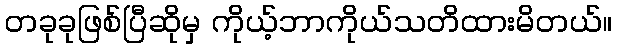
တခုခုဖြစ်ပြီဆိုမှ ကိုယ့်ဘာကိုယ်သတိထားမိတယ်။